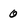
Character: 0